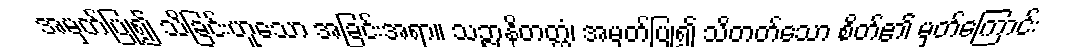
အမှတ်ပြု၍ သိခြင်းဟူသော အခြင်းအရာ။ သဉ္ဇာနိတတ္တံ၊ အမှတ်ပြု၍ သိတတ်သော စိတ်၏ မှတ်ကြောင်း